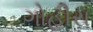
ગોહીરા